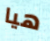
هيا